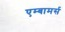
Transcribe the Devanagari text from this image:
एम्बामर्स